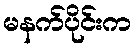
မနက်ပိုင်းက